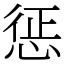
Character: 惩